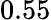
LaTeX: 0.55